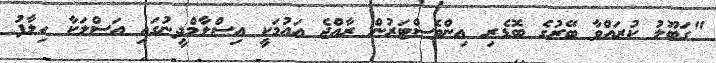
"ގަބޫލު ކުރައްވާ ބޭރުގެ ބޮޑެރި އިންވެސްޓަރުން ރާއްޖެ އައުމަކީ އިސްލާމްދީނުގައި އަސްލަކާ ހިލާފު